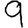
Digit: 9